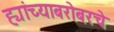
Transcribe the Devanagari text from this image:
ह्यांच्याबरोबरचे